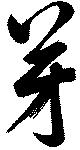
芽